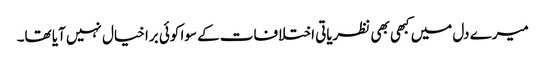
میرے دل میں کبھی بھی نظریاتی اختلافات کے سوا کوئی برا خیال نہیں آیا تھا۔